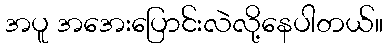
အပူ အအေးပြောင်းလဲလို့နေပါတယ်။